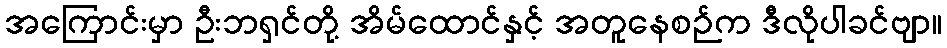
အကြောင်းမှာ ဦးဘရှင်တို့ အိမ်ထောင်နှင့် အတူနေစဉ်က ဒီလိုပါခင်ဗျာ။